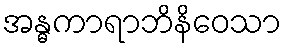
အန္ဓကာရာဘိနိဝေသာ